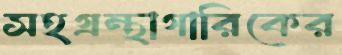
সহগ্রন্থাগারিকের